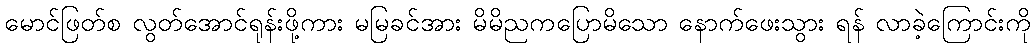
မောင်ဖြတ်စ လွတ်အောင်ရုန်းဖို့ကား မမြခင်အား မိမိညကပြောမိသော နောက်ဖေးသွား ရန် လာခဲ့ကြောင်းကို